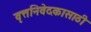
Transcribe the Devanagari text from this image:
वृत्तनिवेदकासाठी